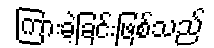
ကြားခဲ့ခြင်းဖြစ်သည်